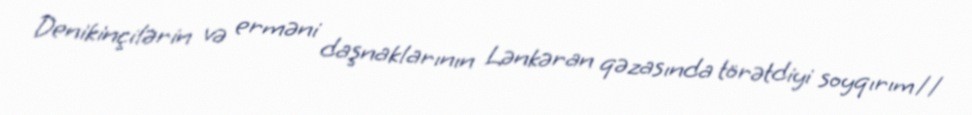
Denikinçilərin və erməni daşnaklarının Lənkəran qəzasında törətdiyi soyqırım//